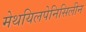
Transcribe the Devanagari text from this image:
मेथयिलपेनिसिलीन